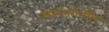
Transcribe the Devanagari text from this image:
सराफांतील